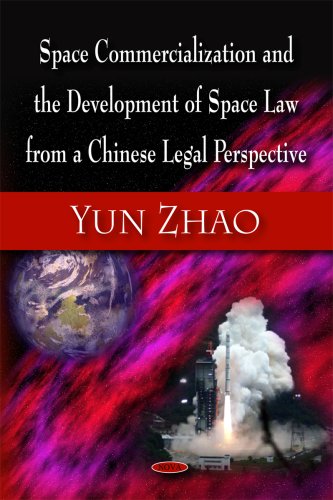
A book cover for Space Commercialization and the Development of Space Law from a Chinese Legal Perspective; Yun Zhao; Law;